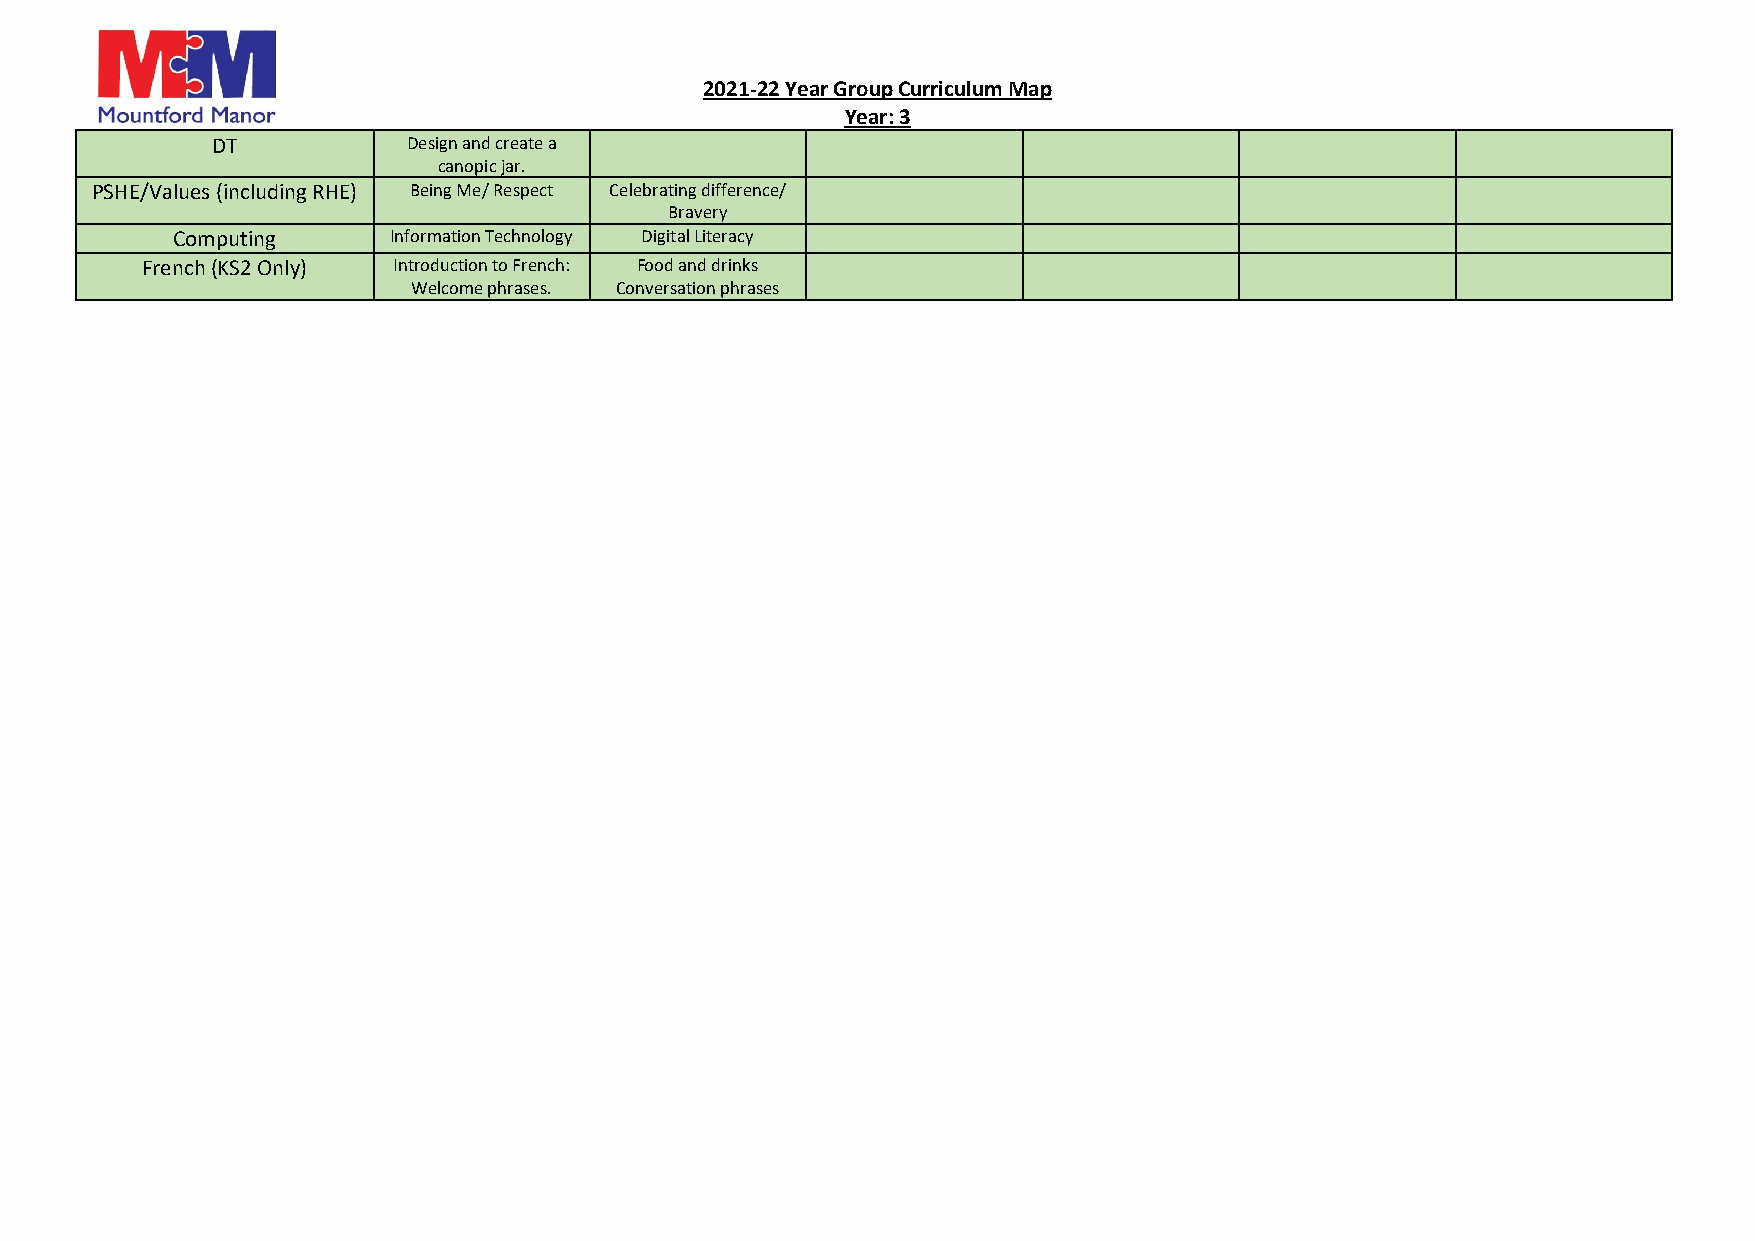
2021-22 Year Group Curriculum Map
 Year: 3
 DT           Design and create a
 canopic jar.
 PSHE/Values (including RHE) Being Me/ Respect Celebrating difference/
 Bravery
 Computing      Information Technology Digital Literacy
 French (KS2 Only) Introduction to French: Food and drinks
 Welcome phrases. Conversation phrases